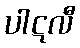
ပါဋလီ